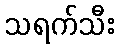
သရက်သီး